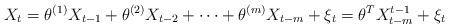
LaTeX: \begin{align*}X_t=\theta^{(1)}X_{t-1}+\theta^{(2)}X_{t-2}+\dots+\theta^{(m)}X_{t-m}+\xi_t=\theta^TX_{t-m}^{t-1}+\xi_t \end{align*}